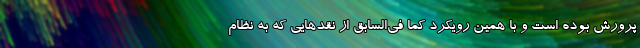
پرورش بوده است و با همین رویکرد کما فی‌السابق از نقدهایی که به نظام